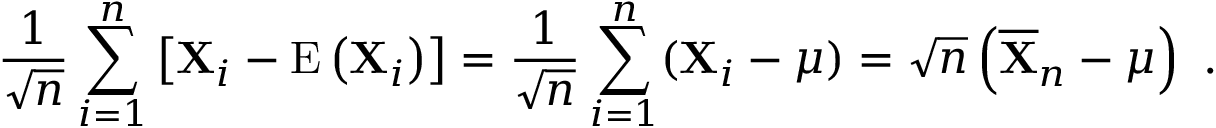
{ \frac { 1 } { \sqrt { n } } } \sum _ { i = 1 } ^ { n } \left[ \mathbf { X } _ { i } - \operatorname { E } \left( \mathbf { X } _ { i } \right) \right] = { \frac { 1 } { \sqrt { n } } } \sum _ { i = 1 } ^ { n } ( \mathbf { X } _ { i } - { \boldsymbol { \mu } } ) = { \sqrt { n } } \left( { \overline { { \mathbf { X } } } } _ { n } - { \boldsymbol { \mu } } \right) ~ .